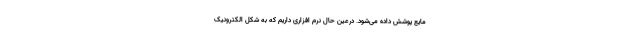
مایع پوشش داده می‌شود. درعین حال نرم افزاری داریم که به شکل الکترونیک